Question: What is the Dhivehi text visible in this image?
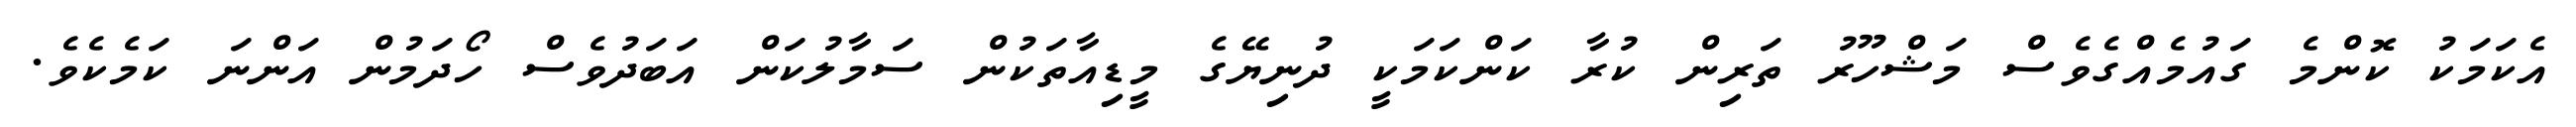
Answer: އެކަމަކު ކޮންމެ ގައުމެއްގެވެސް މަޝްހޫރު ތަރިން ކުރާ ކަންކަމަކީ ދުނިޔޭގެ މީޑިއާތަކުން ސަމާލުކަން އަބަދުވެސް ހޯދަމުން އަންނަ ކަމެކެވެ.